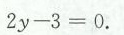
$$2 y - 3 = 0$$